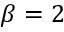
\beta = 2